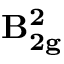
\mathbf { B _ { 2 g } ^ { 2 } }